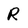
Character: R